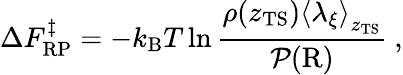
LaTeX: \Delta F_{\mathrm{RP}}^{\ddagger}=-k_{\mathrm{B}}T\ln\frac{\rho(z_{\mathrm{TS}})\left<\lambda_{\xi}\right>_{z_{\mathrm{TS}}}}{\mathcal{P}(\mathrm{R})}\ ,